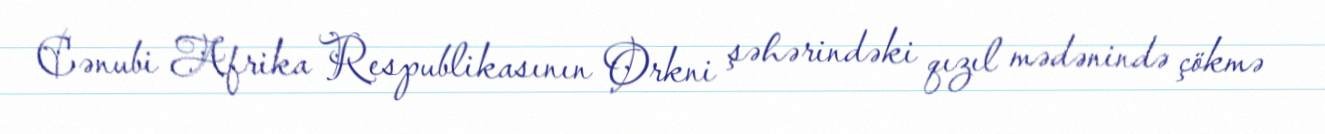
Cənubi Afrika Respublikasının Orkni şəhərindəki qızıl mədənində çökmə